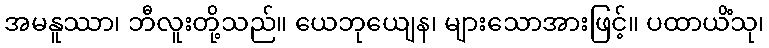
အမနူဿာ၊ ဘီလူးတို့သည်။ ယေဘုယျေန၊ များသောအားဖြင့်။ ပထာယိံသု၊